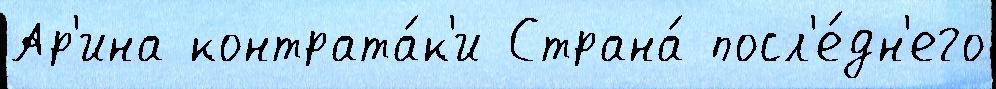
Ар'ина контрата́к'и Страна́ посл'е́дн'его